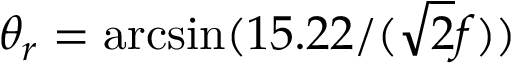
\theta _ { r } = \arcsin ( 1 5 . 2 2 / ( \sqrt { 2 } f ) )